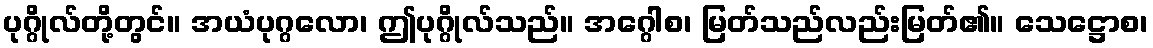
ပုဂ္ဂိုလ်တို့တွင်။ အယံပုဂ္ဂလော၊ ဤပုဂ္ဂိုလ်သည်။ အဂ္ဂေါစ၊ မြတ်သည်လည်းမြတ်၏။ သေဋ္ဌောစ၊